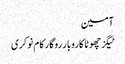
آمین
ٹیگزچھوٹا کاروبار روگار کام نوکری